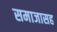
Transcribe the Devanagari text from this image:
समाजासह